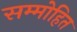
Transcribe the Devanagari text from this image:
सम्‍मोहित